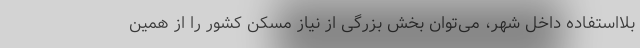
بلااستفاده داخل شهر، می‌توان بخش بزرگی از نیاز مسکن کشور را از همین